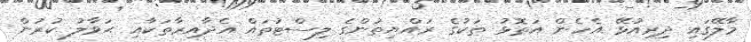
މާލޭގައި ދިރިއުޅޭ އެހެން އަތޮޅު ތަކުގެ ރައްޔިތުންގެ ލިސްޓުތައް އެދާއިރާތަކާއި ޙަވާލު ކުރުން